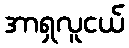
အာရှလူငယ်